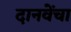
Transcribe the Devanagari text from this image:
दानवेंचा